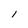
Character: l